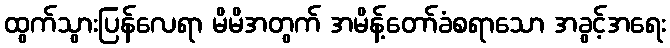
ထွက်သွားပြန်လေရာ မိမိအတွက် အမိန့်တော်ခံစရာသော အခွင့်အရေး